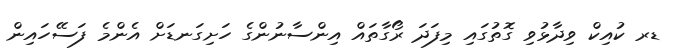
ޑރ ކުއިކް ވިދާޅުވި ގޮތުގައި މިފަދަ ރޯގާތައް އިންސާނުންގެ ހަށިގަނޑަށް އެންމެ ފަސޭހައިން